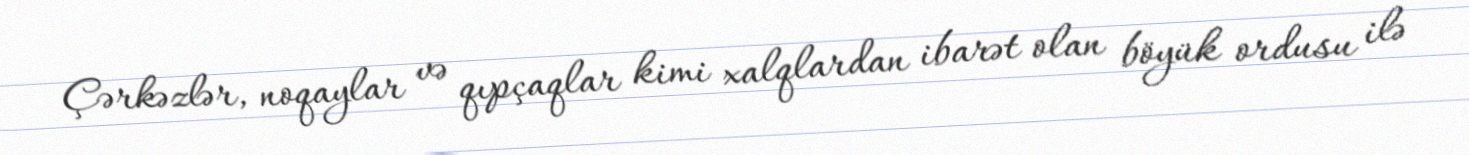
Çərkəzlər, noqaylar və qıpçaqlar kimi xalqlardan ibarət olan böyük ordusu ilə